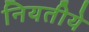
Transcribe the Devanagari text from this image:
नियतीये